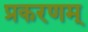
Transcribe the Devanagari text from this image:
प्रकरणम्‌